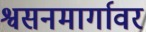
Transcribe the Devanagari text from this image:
श्वसनमार्गावर